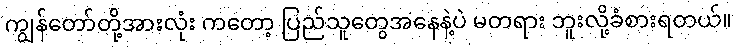
ကျွန်တော်တို့အားလုံး ကတော့ ပြည်သူတွေအနေနဲ့ပဲ မတရား ဘူးလို့ခံစားရတယ်။